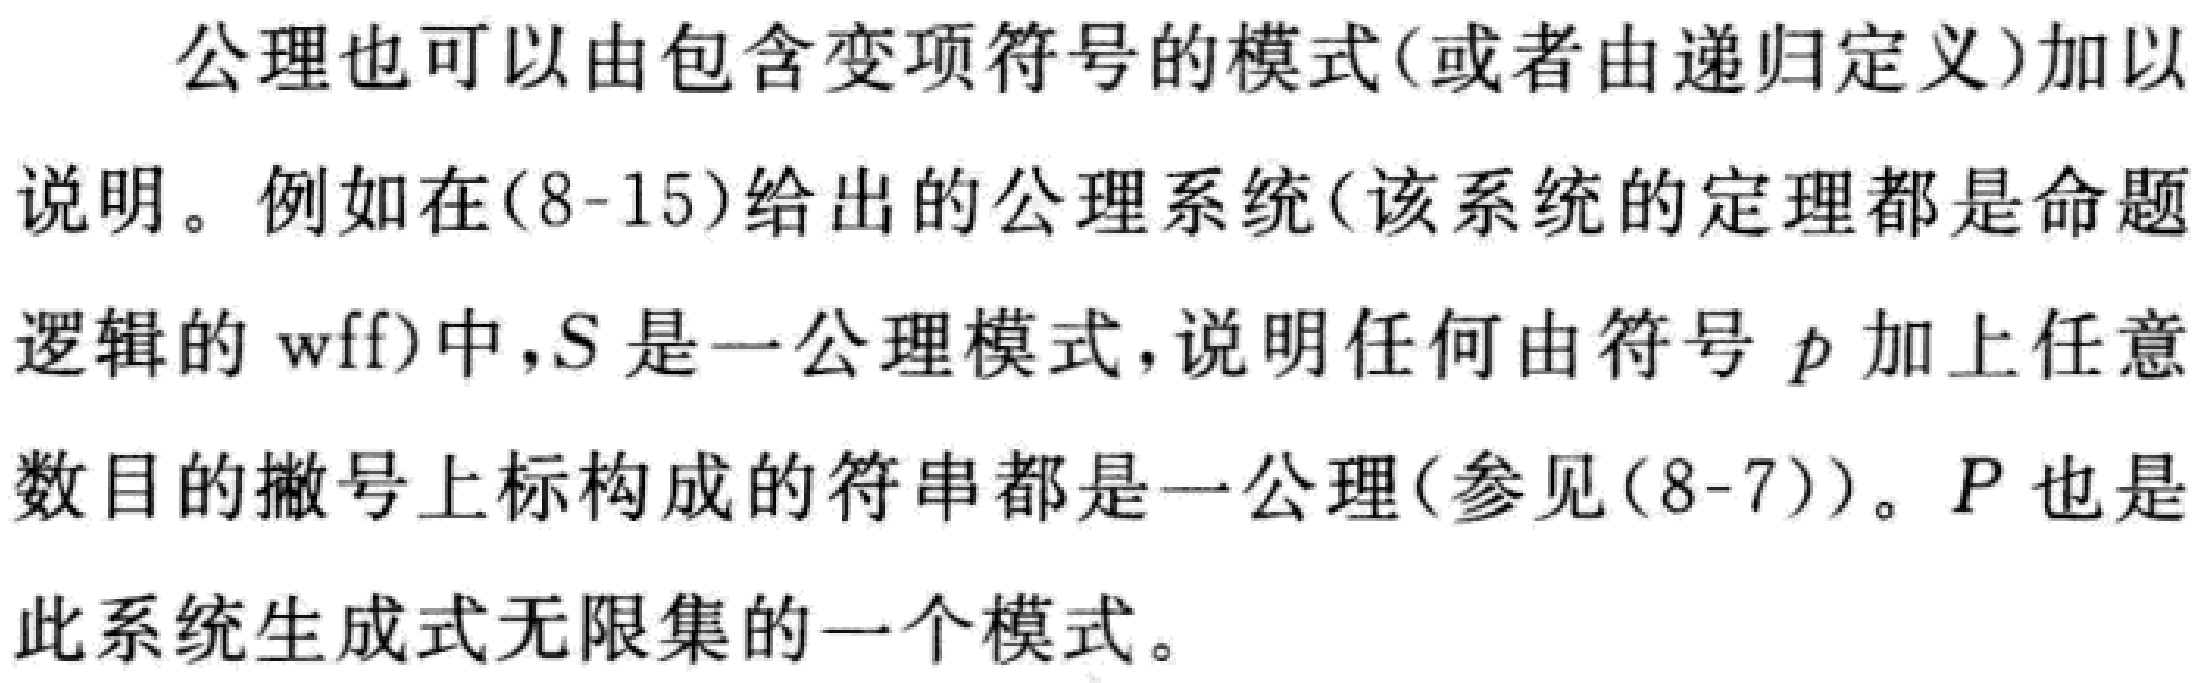
公理也可以由包含变项符号的模式(或者由递归定义)加以说明。例如在(8-15)给出的公理系统(该系统的定理都是命题逻辑的wff)中，$S$是一公理模式，说明任何由符号$p$加上任意数目的撇号上标构成的符串都是一公理(参见(8-7))。$P$也是此系统生成式无限集的一个模式。